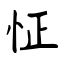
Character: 怔